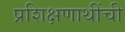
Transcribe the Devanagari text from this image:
प्रशिक्षणाथींची